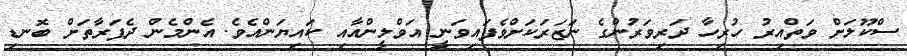
ސްކޫލަށް ވަތްއިރު ހުރިހާ ދަރިވަރުންގެ ނަޒަރަކަށްވެފައިވަނީ އަވްލީންއާއި ކައިޔަންއެވެ. އެންމެން ދެފަރާތަށް ބޮނޑި